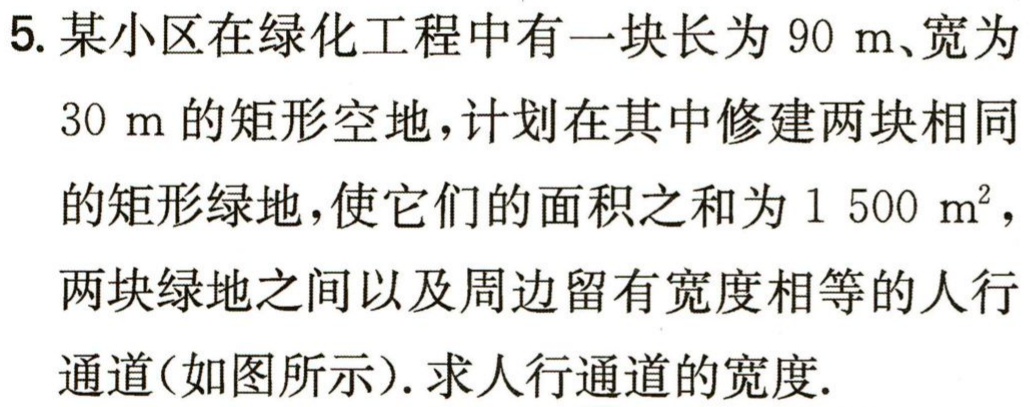
5. 某小区在绿化工程中有一块长为 \(90\mathrm{\ m}\)、宽为 \(30\mathrm{\ m}\) 的矩形空地，计划在其中修建两块相同的矩形绿地，使它们的面积之和为 \(1500\mathrm{\ m}^2\)，两块绿地之间以及周边留有宽度相等的人行通道（如图所示）. 求人行通道的宽度.